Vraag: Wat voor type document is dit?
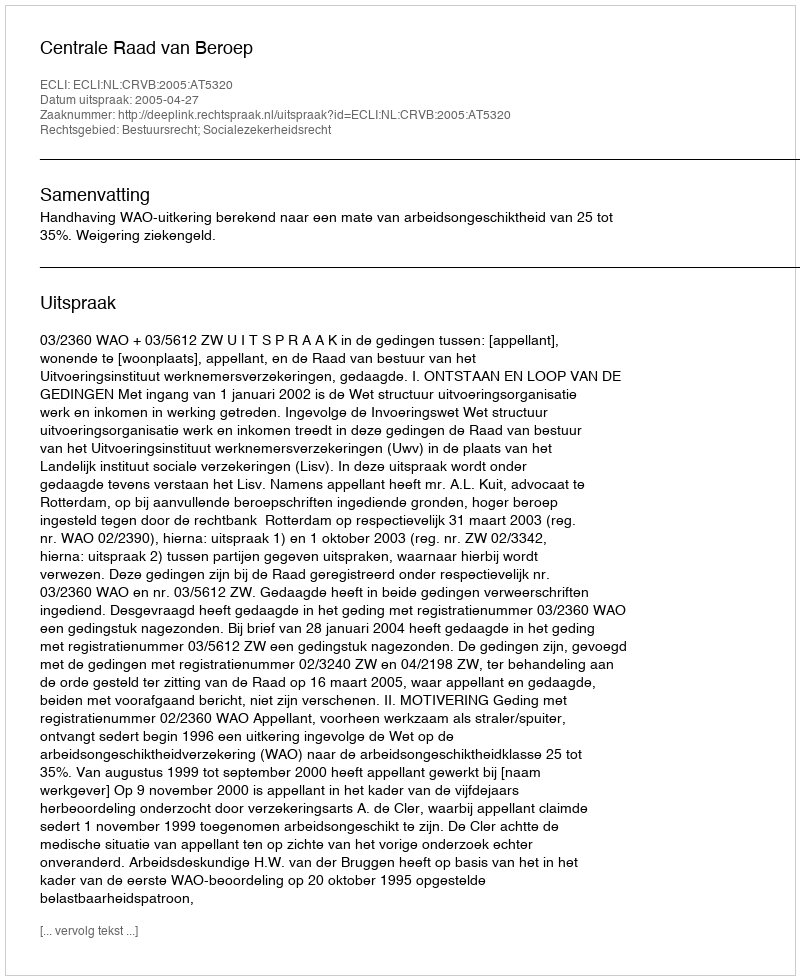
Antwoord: Uitspraak